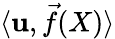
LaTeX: \langle\mathbf{u},{\vec{{f}}}(X)\rangle